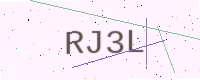
Text: RJ3L